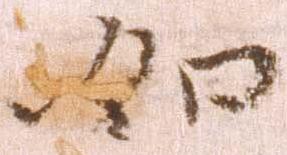
如